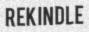
REKINDLE